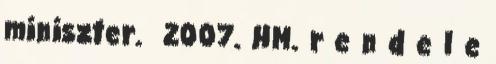
miniszter. 2007. HM. r e n d e l e